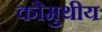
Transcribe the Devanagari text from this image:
कौमुथीय